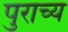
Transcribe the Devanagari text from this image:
पुराच्य